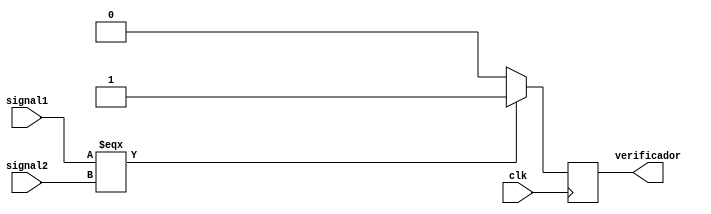
module verificador #( parameter BITS = 2 ) 
                    ( output reg verificador,
		      input wire 	    clk,
		      input wire [BITS-1:0] signal1,
		      input wire [BITS-1:0] signal2 );

   // SE USA TRIPLE = PARA TOMAR EN CUENTA LOS VALORES
   // xx Y ASI PODERLOS COMPARAR COMO IGUALES.
   always @( posedge clk ) begin
      if( signal1 === signal2 ) begin
	 verificador <= 1'b1;
      end
      else begin
	 verificador <= 1'b0;
      end
   end

endmodule // verificador